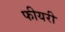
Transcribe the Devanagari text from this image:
फीयरी